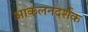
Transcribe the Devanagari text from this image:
आकलनदर्शक